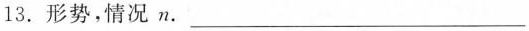
13. 形势，情况 n. ___